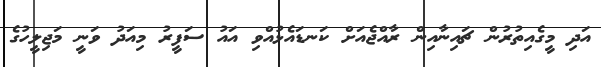
އަދި މީގެއިތުރުން ޗައިނާއިން ރާއްޖެއަށް ކަނޑައެޅުއްވި އައު ސަފީރު މިއަދު ވަނީ މަޖިލީހުގެ